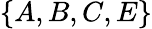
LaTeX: \{ A,B,C,E\}